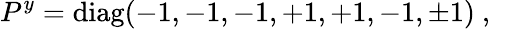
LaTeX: P^{y}=\mathrm{diag}(-1,-1,-1,+1,+1,-1,\pm 1)~,~\,